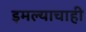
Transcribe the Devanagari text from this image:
इमल्याचाही